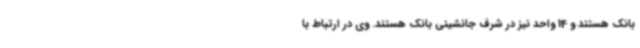
بانک هستند و 14 واحد نیز در شرف جانشینی بانک هستند. وی در ارتباط با